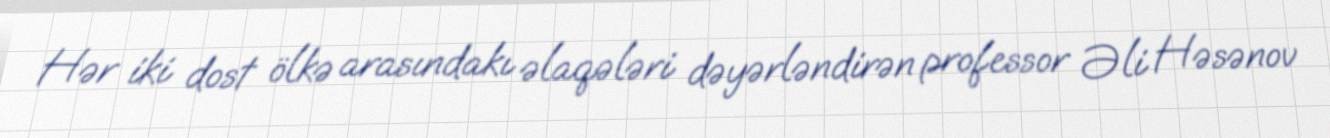
Hər iki dost ölkə arasındakı əlaqələri dəyərləndirən professor Əli Həsənov